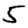
Digit: 5